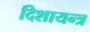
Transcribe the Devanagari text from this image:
दिशायन्त्र